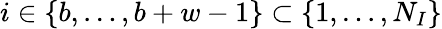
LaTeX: i\in\{ b,\ldots,b+w-1\} \subset\{ 1,\ldots,N_{I}\}